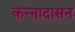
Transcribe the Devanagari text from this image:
कन्नादासन